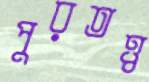
পুরতত্ত্ব